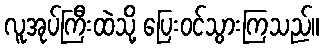
လူအုပ်ကြီးထဲသို့ ပြေးဝင်သွားကြသည်။